Vaccination in Bombay 1902-1912 - 1902-1912
Year: 1902
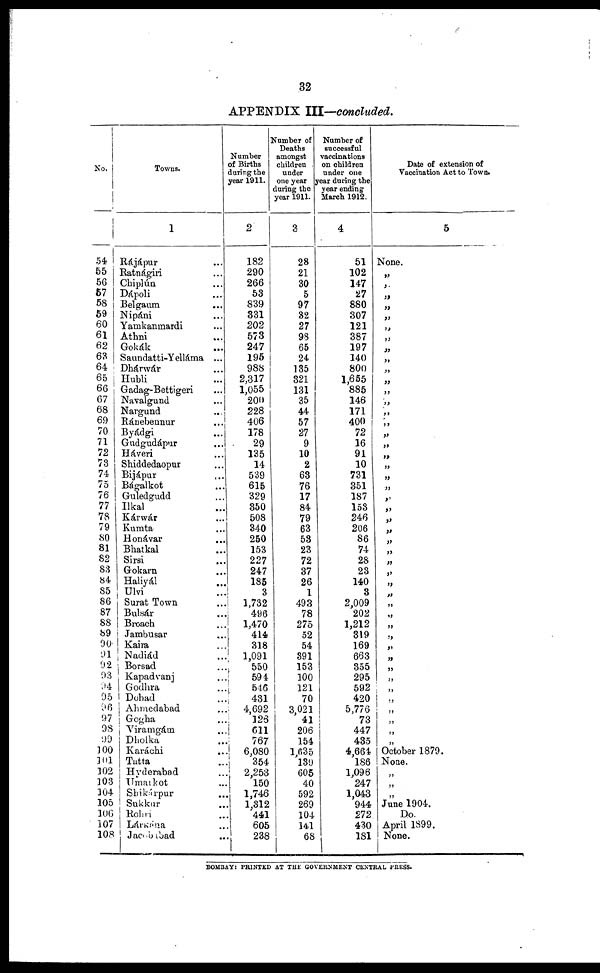
32
APPENDIX III—concluded.
No.
54
55
56
57
58
59
60
61
62
63
64
65
66
67
68
69
70
71
72
73
74
75
76
77
78
79
80
81
82
83
84
85
86
87
88
89
90
91
92
93
94
95
96
97
98
99
100
101
102
103
104
105
106
107
108
Towns.
1
Rájápur ...
Ratnágiri ...
Chiplún ...
Dápoli ...
Belgaum ...
Nipáni ...
Yamkanmardi ...
Athni ...
Gokák
...
Saundatti-Yelláma ...
Dhárwár ...
Hubli ...
Gadag-Bettigeri ...
Navalgund ...
Nargund ...
Ránebennur ...
Byádgi ...
Gudgudápur ...
Háveri ...
Shiddedaopur ...
Bijápur ...
Bágalkot ...
Guledgudd ...
Ilkal ...
Kárwár ...
Kumta ...
Honávar ...
Bhatkal ...
Sirsi ...
Gokarn ...
Haliyál ...
Ulvi ...
Surat Town ...
Bulsár ...
Broach ...
Jambusar ...
Kaira ...
Nadiád ...
Borsad ...
Kapadvanj ...
Godhra ...
Dohad ...
Ahmedabad ...
Gogha ...
Viramgám ...
Dholka ...
Karáchi ...
Tatta ...
Hyderabad ...
Umarkot ...
Shikárpur ...
Sukkur ...
Rohri ...
Lárkána ...
Jacobabad ...
Number
of Births
during the
year 1911.
2
182
290
266
53
839
331
202
573
247
195
988
2,317
1,055
200
228
406
178
29
135
14
539
615
329
350
508
340
250
153
227
247
185
3
1,732
496
1,470
414
318
1,091
550
594
546
431
4,692
123
611
767
6,080
354
2,253
150
1,746
1,312
441
605
238
Number of
Deaths
amongst
children
under
one year
during the
year 1911.
3
28
21
30
5
97
32
27
98
65
24
135
321
131
35
44
57
27
9
10
2
63
76
17
84
79
63
53
23
72
37
26
1
493
78
275
52
54
391
153
100
121
70
3,021
41
206
154
1,635
139
605
40
592
269
104
141
68
Number of
successful
vaccinations
on children
under one
year during the
year ending
March 1912.
4
51
102
147
27
880
307
121
387
197
140
800
1,655
885
146
171
400
72
16
91
10
731
351
187
158
246
206
86
74
28
23
140
3
2,009
202
1,212
319
169
663
355
295
592
420
5,776
73
447
435
4,664
186
1,096
247
1,043
944
272
430
181
Date of extension of
Vaccination Act to Town.
5
None.
„
„
„
„
„
„
„
„
„
„
„
„
„
„
„
„
„
„
„
„
„
„
„
„
„
„
„
„
„
„
„
„
„
„
„
„
„
„
„
„
„
„
„
„
„
October 1879.
None.
„
„
„
June 1904.
Do.
April 1899.
None.
BOMBAY: PRINTED AT THE GOVERNMENT CENTRAL PRESS.